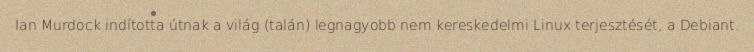
Ian Murdock indította útnak a világ (talán) legnagyobb nem kereskedelmi Linux terjesztését, a Debiant.